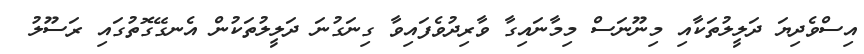
އިސްވެދިޔަ ދަލީލުތަކާއި މިނޫނަސް މިމާނައިގާ ވާރިދުވެފައިވާ ގިނަގުނަ ދަލީލުތަކުން އެނގޭގޮތުގައި ރަސޫލު